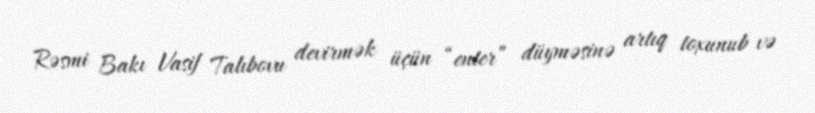
Rəsmi Bakı Vasif Talıbovu devirmək üçün “enter” düyməsinə artıq toxunub və